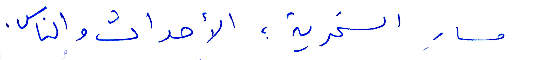
مسار السخرية، الأحداث والناس.